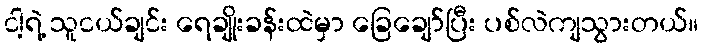
ငါ့ရဲ့ သူငယ်ချင်း ရေချိုးခန်းထဲမှာ ခြေချော်ပြီး ပစ်လဲကျသွားတယ်။